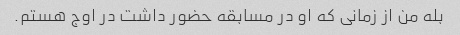
بله من از زمانی که او در مسابقه حضور داشت در اوج هستم.